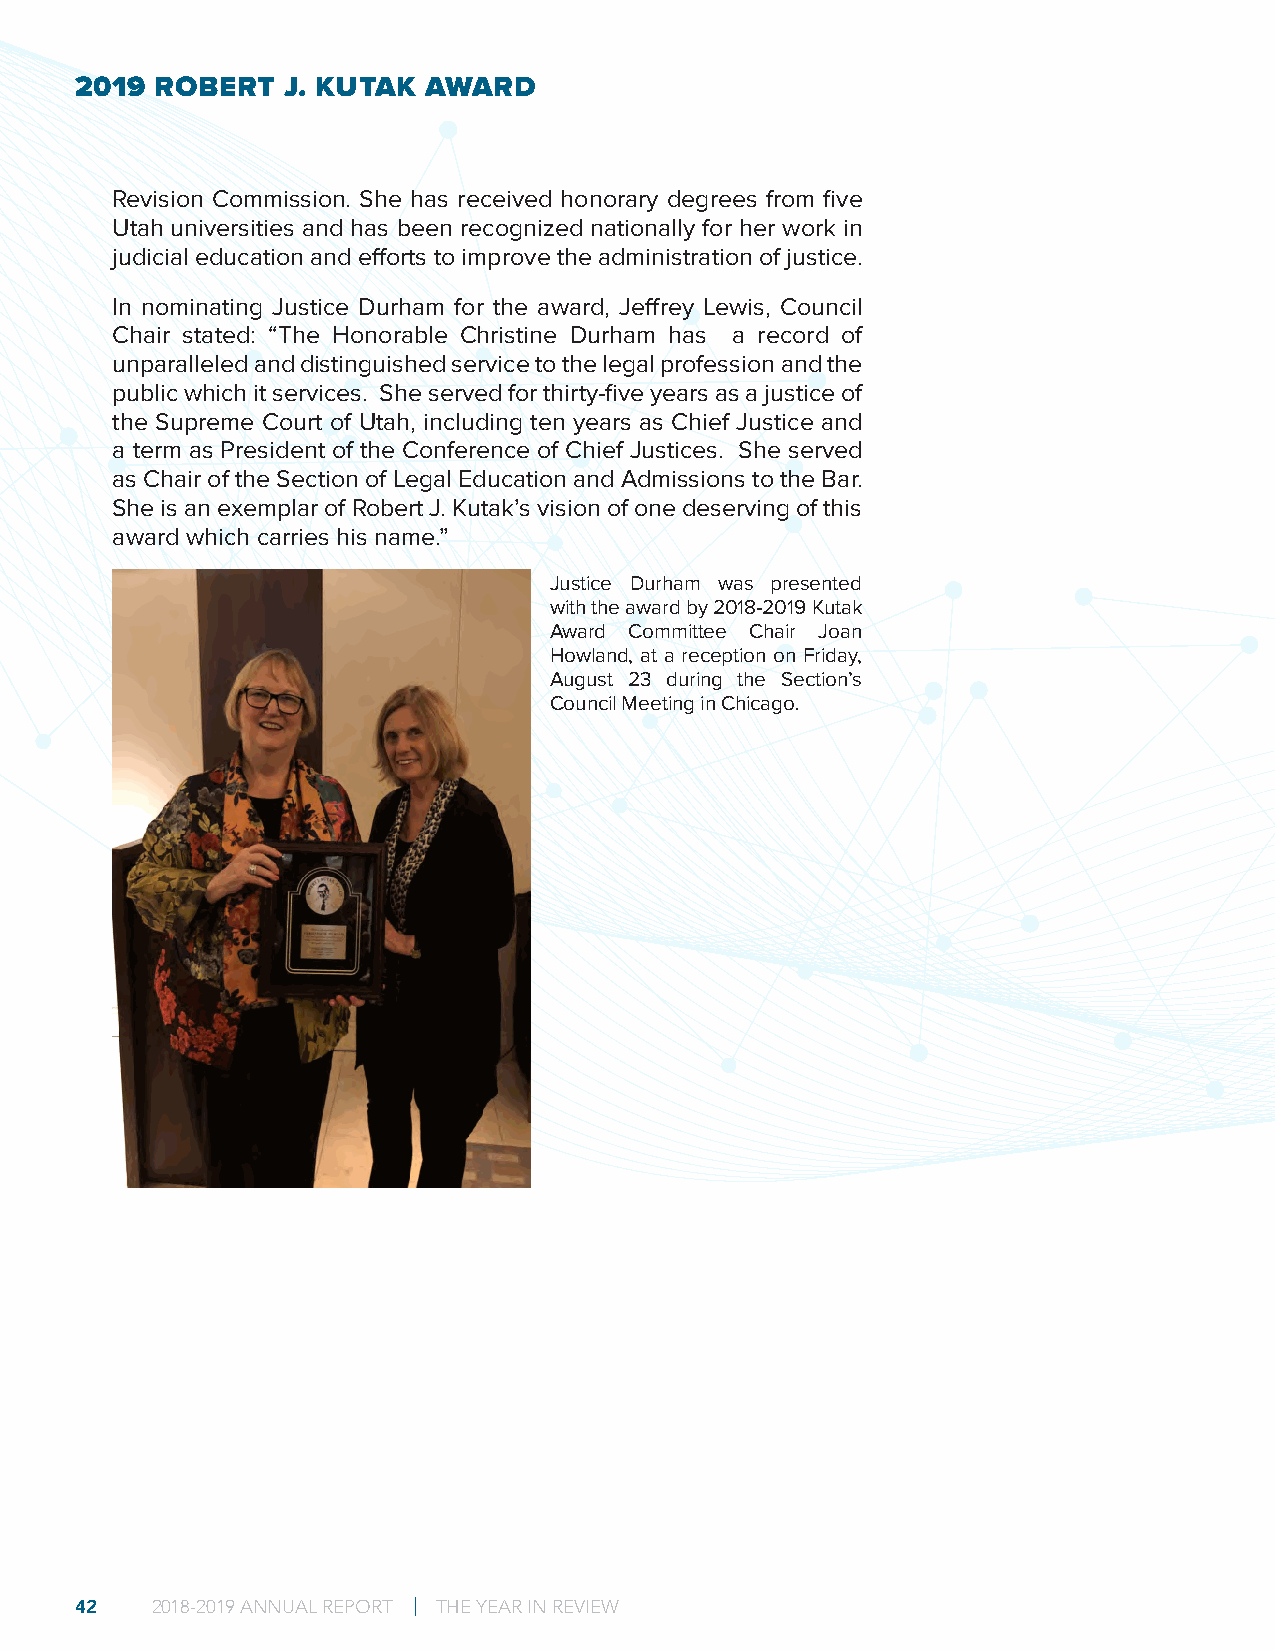
2019 ROBERT   J. KUTAK AWARD
 Revision Commission. She has received honorary degrees from five
 Utah universities and has been recognized nationally for her work in
 judicial education and efforts to improve the administration of justice.
 In nominating Justice Durham for the award, Jeffrey Lewis, Council
 Chair stated: “The Honorable Christine Durham has a record of
 unparalleled and distinguished service to the legal profession and the
 public which it services. She served for thirty-five years as a justice of
 the Supreme Court of Utah, including ten years as Chief Justice and
 a term as President of the Conference of Chief Justices. She served
 as Chair of the Section of Legal Education and Admissions to the Bar.
 She is an exemplar of Robert J. Kutak’s vision of one deserving of this
 award which carries his name.”
 Justice Durham was presented
 with the award by 2018-2019 Kutak
 Award Committee Chair Joan
 Howland, at a reception on Friday,
 August 23 during the Section’s
 Council Meeting in Chicago.
 42   2018-2019 ANNUAL REPORT | THE YEAR IN REVIEW